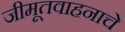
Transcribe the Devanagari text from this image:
जीमूतवाहनाचे